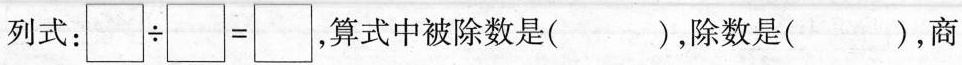
列式：$$\Box \div \Box = \Box$$，算式中被除数是()，除数是()，商